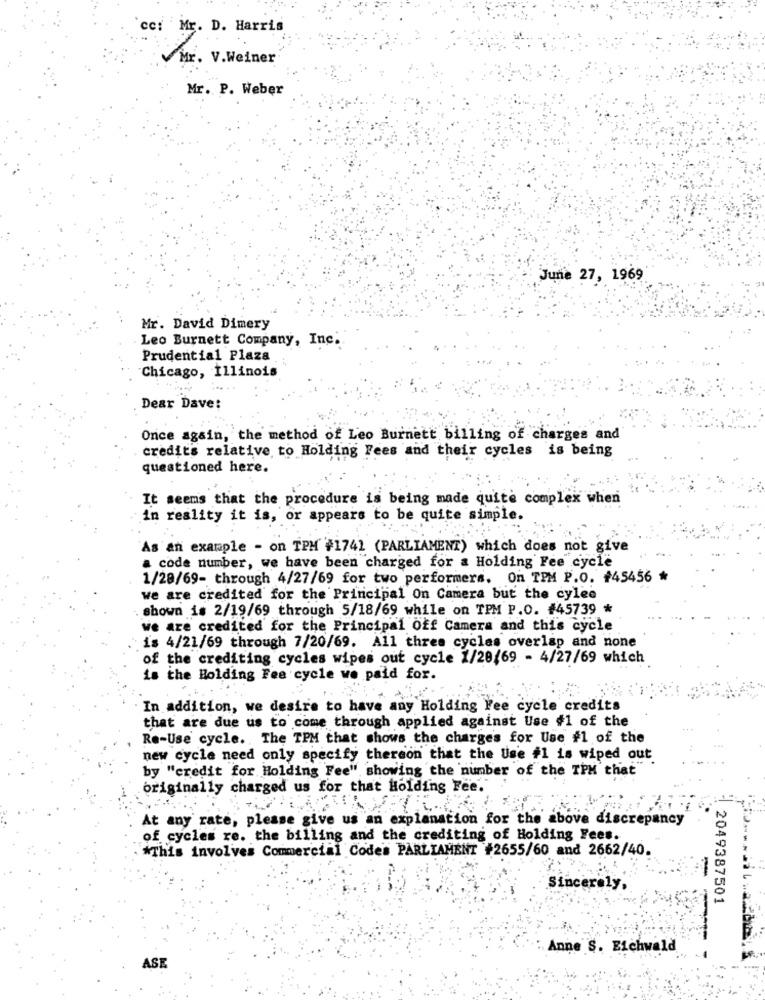
cc: Mr. D. Harris
Mr. V.Weiner
Mr. P. Weber
June 27, 1969
Mr. David Dimery
Leo Burnett Company, Inc.
Prudential Plaza
Chicago, Illinois
Dear Dave:
Once again, the method of Leo Burnett billing of charges and
credits relative to Holding Fees and their cycles is being
questioned here.
It seems that the procedure is being made quite complex when
in reality it is, or appears to be quite simple.
As an example - on TPM #1741 (PARLIAMENT) which does not give
a code number, we have been charged for a Holding Fee cycle
1/28/69- through 4/27/69 for two performers. On TPM P.O. #45456 *
we are credited for the Principal On Camera but the cylee
.shown is 2/19/69 through 5/18/69 while on TPM P.O. #45739 *
we are credited for the Principal Off Camera and this cycle
is 4/21/69 through 7/20/69. All three cycles overlap and none
of the crediting cycles wipes out cycle 1/20/69 - 4/27/69 which
is the Holding Fee cycle we paid for.
In addition, we desire to have any Holding Fee cycle credits
that are due us to come through applied against Use #1 of the
Re-Use cycle. The TPM that shows the charges for Use #1 of the
new cycle need only specify thereon that the Use #1 is wiped out
by "credit for Holding Fee" showing the number of the IPM that"
originally charged us for that Holding Fee.
At any rate, please give us an explanation for the above discrepancy
of cycles re. the billing and the crediting of Holding Fees.
*This involves Commercial Codes PARLIAMENT #2655/60 and 2662/40.
Sincerely,
2049387501
Anne S. Eichwald
ASE